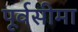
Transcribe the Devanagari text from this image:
पूर्वसीमा